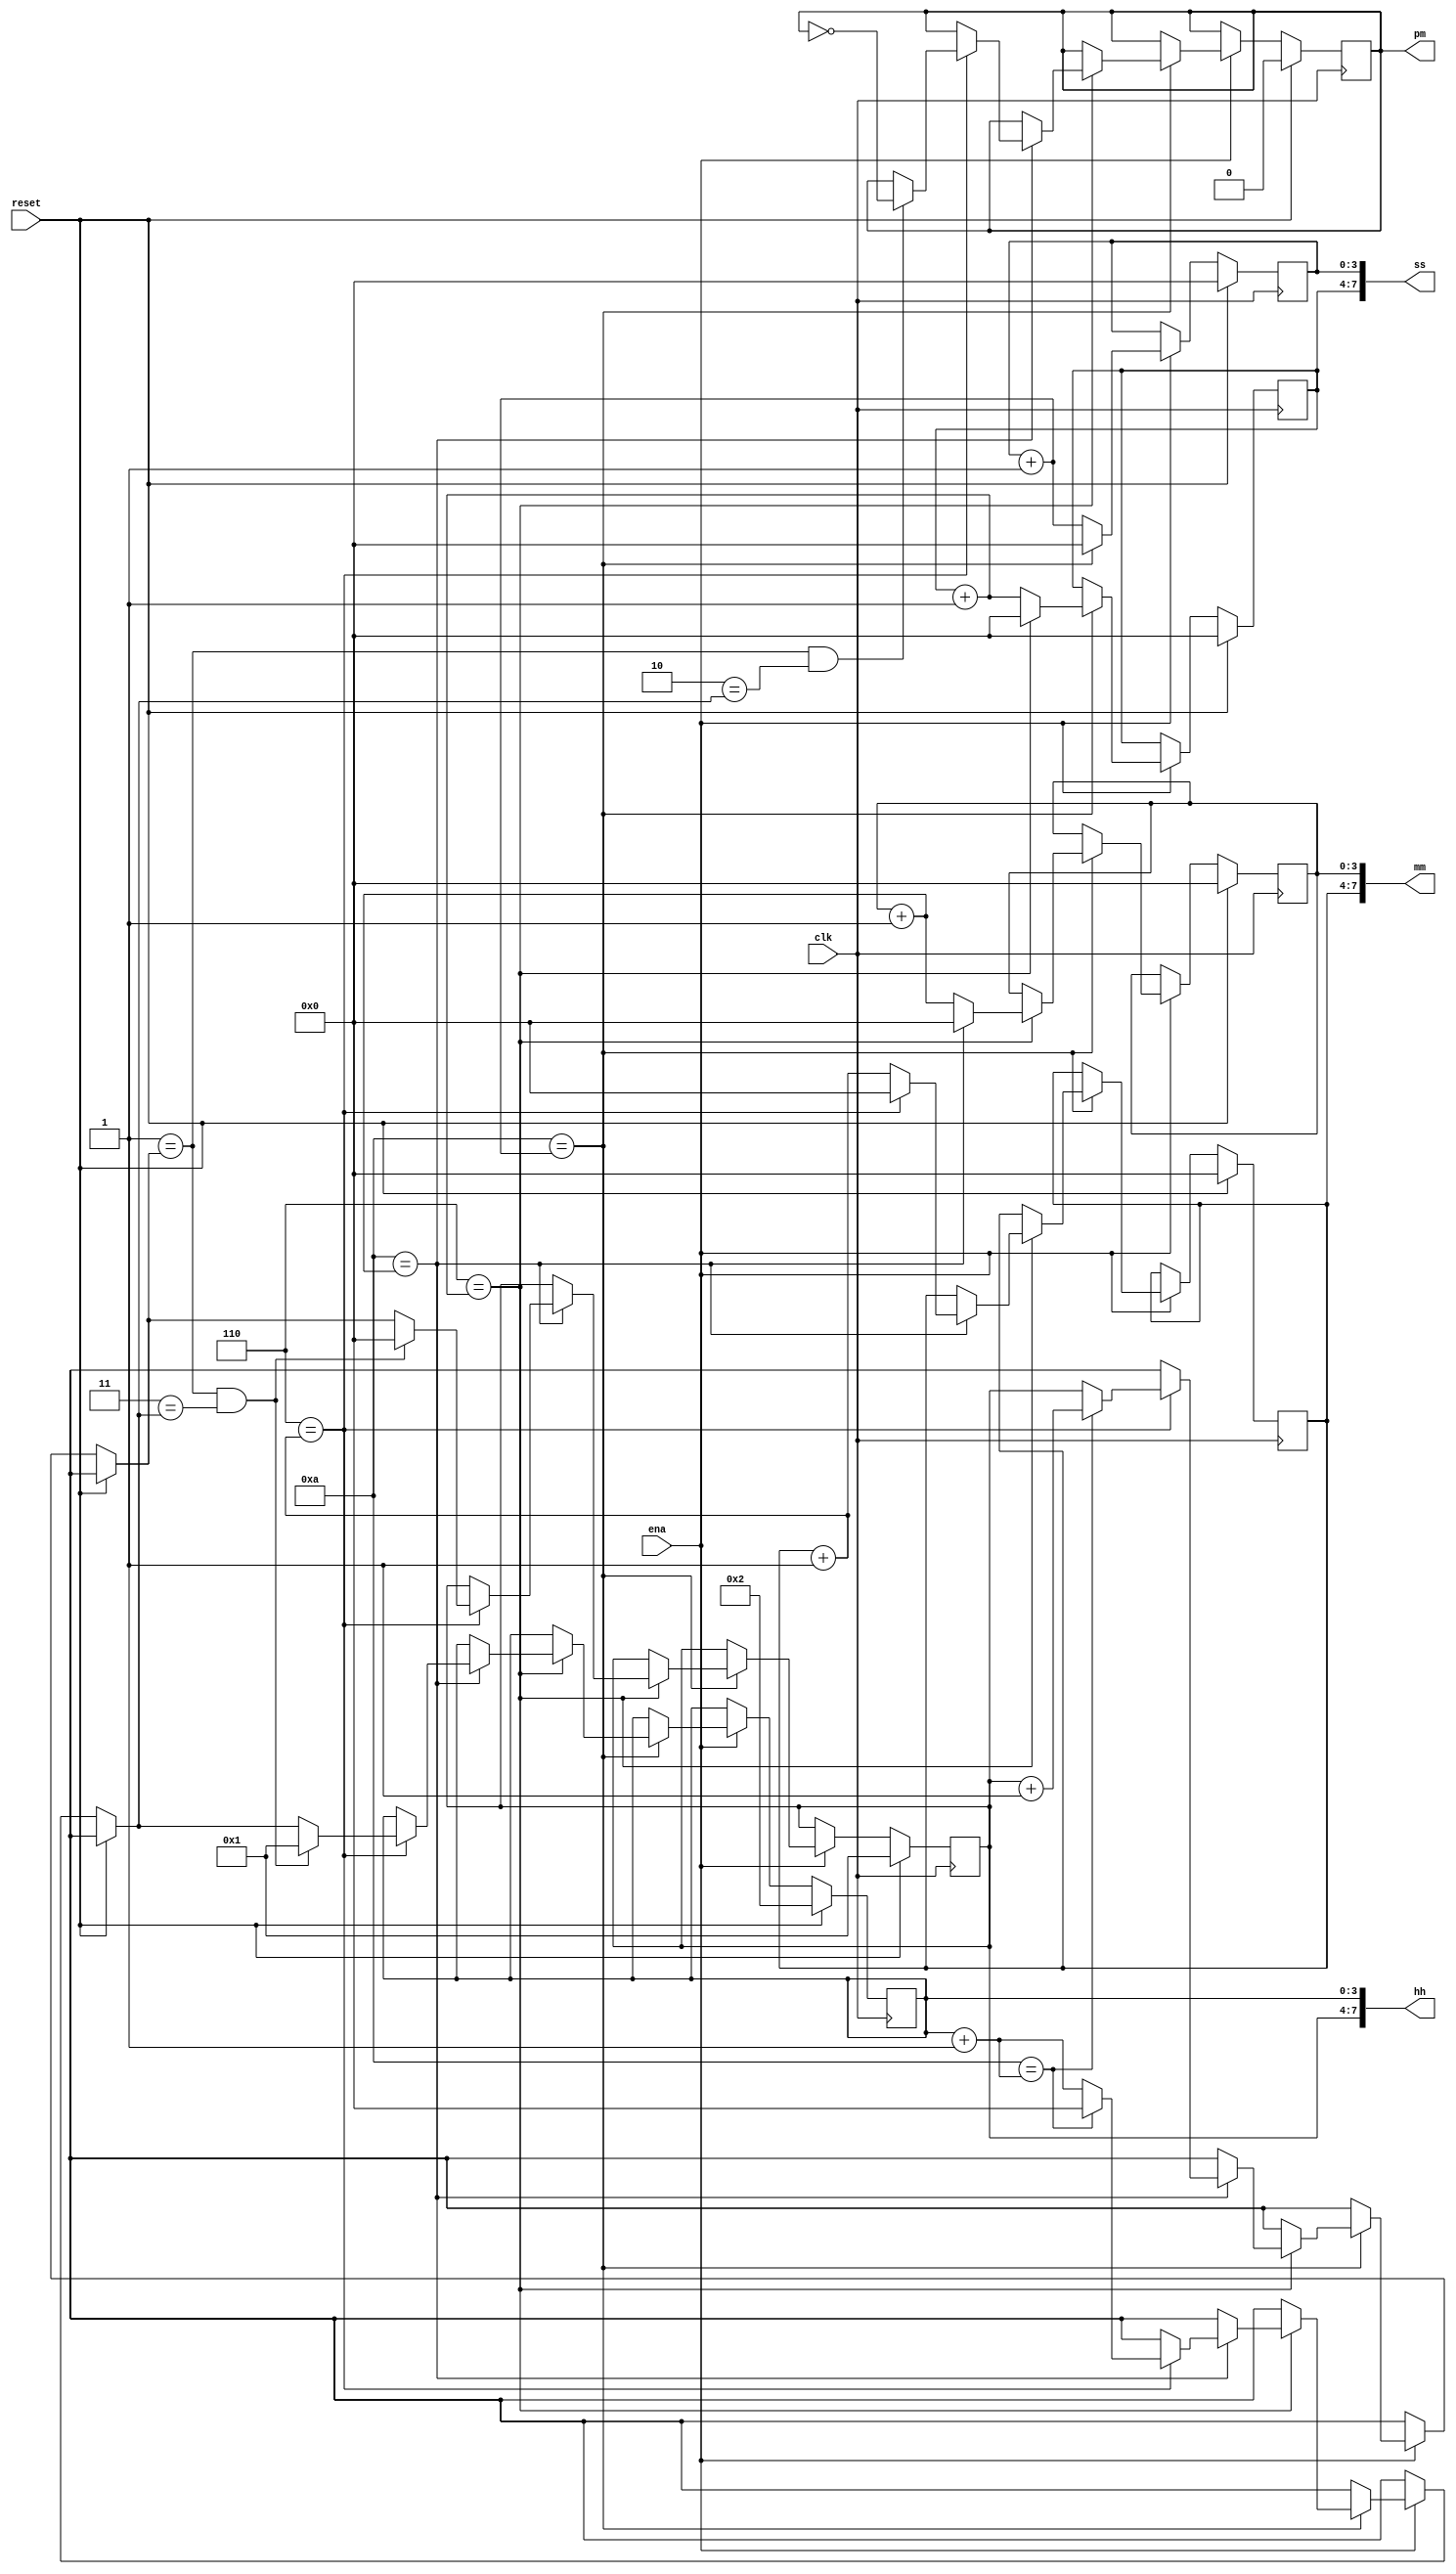
module top_module(
    input clk,
    input reset,
    input ena,
    output pm,
    output [7:0] hh,
    output [7:0] mm,
    output [7:0] ss);
    
    reg	[3:0]	seconds, tenseconds, minutes, tenminutes, hours, tenhours = 0;
    reg			pmled;
    
    // seconds
    always @ ( posedge clk ) begin
		if	( 1 == reset ) begin
			seconds		=	4'd0;
            tenseconds	=	4'd0;
            minutes		=	4'd0;
            tenminutes	=	4'd0;
            hours		=	4'd2;
            tenhours	=	4'd1;
            pmled		=	0;
		end else begin
            if ( ena ) begin
				seconds	=	seconds + 4'd1;
			
            	if ( 4'd10 == seconds ) begin
					seconds		=	4'd0;
					tenseconds	=	tenseconds + 4'd1;
                	if ( 4'd6 == tenseconds ) begin
                    	tenseconds	=	0;
                    	minutes		=	minutes + 4'd1;
                        if ( 4'd10 == minutes ) begin
                            minutes	=	4'd0;
                            tenminutes =	tenminutes + 4'd1;
                            if ( 4'd6 == tenminutes ) begin
                                hours = hours + 4'd1;
                                tenminutes	=	0;
                                if ( 4'd10 == hours ) begin
                                    hours		=	0;
                                    tenhours	=	tenhours + 4'd1;
                                end
                                if (( 4'd1	==	tenhours ) & ( 4'd2 == hours )) begin
									pmled	=	~pmled;
                                end 
                                if (( 4'd1	==	tenhours ) & ( 4'd3 == hours )) begin
                                	tenhours	=	0;
                                    hours		=	4'd1;
                                end                                   
                            end
                        end
                	end
				end
            end
		end
	end
    
    assign	hh		=	{tenhours, hours};
    assign	mm		=	{tenminutes, minutes};
    assign	ss		=	{tenseconds, seconds};
    assign	pm		=	pmled;
    
endmodule